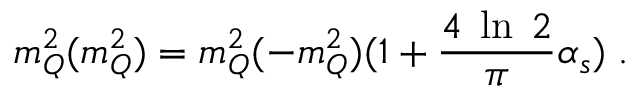
m _ { Q } ^ { 2 } ( m _ { Q } ^ { 2 } ) = m _ { Q } ^ { 2 } ( - m _ { Q } ^ { 2 } ) ( 1 + \frac { 4 \; \ln \; 2 } { \pi } \alpha _ { s } ) \; .